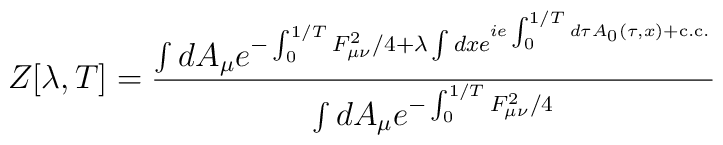
Z[\lambda,T]=\frac{ \int dA_\mu e^{-\int_0^{1/T}F_{\mu\nu}^2/4+\lambda\int dx e^{ie\int_0^{1/T}d\tau A_0(\tau,x) + {\rm c.c.} } } }{ \int dA_\mu e^{-\int_0^{1/T}F_{\mu\nu}^2/4} }